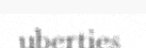
uberties